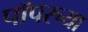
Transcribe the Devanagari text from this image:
पॉपरच्या